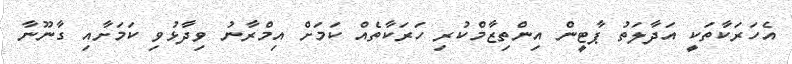
އެހަރަކާތަކީ އަދާލަތު ޕާޓީން އިންތިޒާމްކުރި ހަރަކާތެއް ކަމަށް އިމްރާނު ވިދާޅުވި ކަމަށާއި ގާނޫނާ